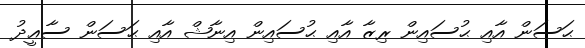
ޙަސަން އާއި ޙުސައިން ރިޒާ އާއި ޙުސައިން އިނާޝް އާއި ޙަސަން ސާޢީދު